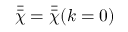
\bar { \bar { \chi } } = \bar { \bar { \chi } } ( k = 0 )